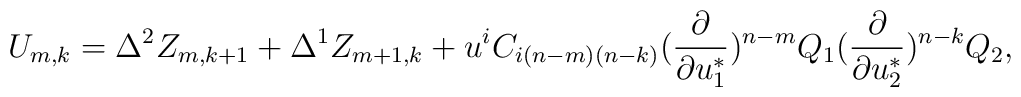
U_{m,k}=\Delta^2Z_{m,k+1}+\Delta^1Z_{m+1,k}+u^iC_{i(n-m)(n-k)}({\partial\over\partial u^*_1})^{n-m}Q_1({\partial\over\partial u^*_2})^{n-k}Q_2,